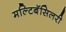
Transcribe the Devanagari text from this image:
मल्टिबॅसिलरी